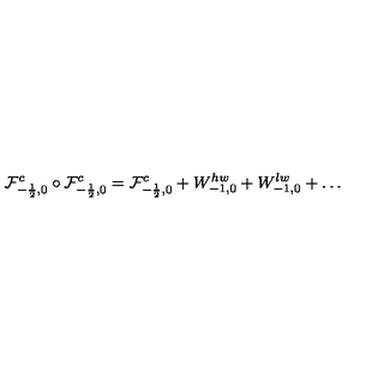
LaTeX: { \cal F } _ { - \frac { 1 } { 2 } , 0 } ^ { c } \circ { \cal F } _ { - \frac { 1 } { 2 } , 0 } ^ { c } = { \cal F } _ { - \frac { 1 } { 2 } , 0 } ^ { c } + W _ { - 1 , 0 } ^ { h w } + W _ { - 1 , 0 } ^ { l w } + \dots